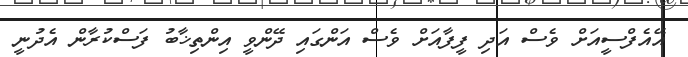
އޭއެފްސީއަށް ވެސް އަދި ފީފާއަށް ވެސް އަންގައި ދޭންވީ އިންތިޚާބު ފަސްކުރާން އެދުނީ